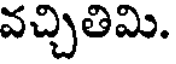
వచ్చితిమి.